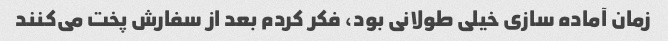
زمان آماده سازی خیلی طولانی بود، فکر کردم بعد از سفارش پخت می‌کنند